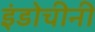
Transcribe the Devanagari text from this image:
इंडोचीनी